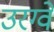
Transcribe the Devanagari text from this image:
उरग्वे